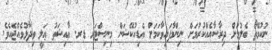
ނުކުމޭތޯ ބެލުމަށް ދިރާސާއެއްކުރުމަށް ނިންމާފައިވާކަމަށް އެޑިއުކޭޝަން މިނިސްޓަރ ޑރ. ޢާއިޝަތު ޢަލީ ވިދާޅުވެއްޖެއެވެ.